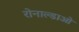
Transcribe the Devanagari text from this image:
रोनाल्डाओ